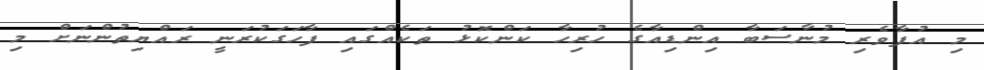
މި އުފާވެރި މުނާސަބާ އިންޑިއާގެ ހުރިހާ ކަންކޮޅު ތަކެއްގައި ފާހަގަކުރަނީ ރައްޔިތުންނަށް މި